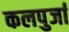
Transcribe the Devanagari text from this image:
कलपुर्जा